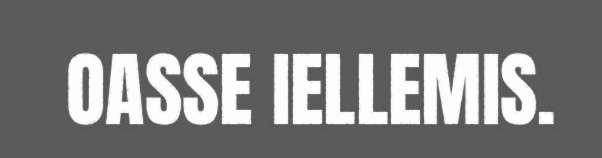
OASSE IELLEMIS.